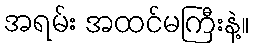
အရမ်း အထင်မကြီးနဲ့။